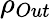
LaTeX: \rho_{Out}\,